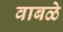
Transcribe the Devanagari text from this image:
वाबळे